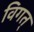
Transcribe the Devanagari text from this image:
विगत्